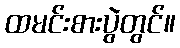
ထမင်းစားပွဲတွင်။